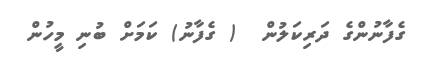
ގެފާނުންގެ ދަރިކަލުން  ( ގެފާނު) ކަމަށް ބުނި މީހުން